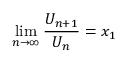
\operatorname* { l i m } _ { n \to \infty } { \frac { U _ { n + 1 } } { U _ { n } } } = x _ { 1 }